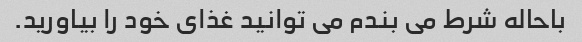
باحاله شرط می بندم می توانید غذای خود را بیاورید.